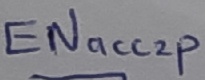
Text: ENacc2p